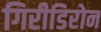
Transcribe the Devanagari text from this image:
गिरीडिरोन